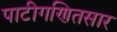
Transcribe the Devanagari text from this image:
पाटीगणितसार